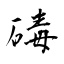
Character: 碡